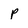
Character: p